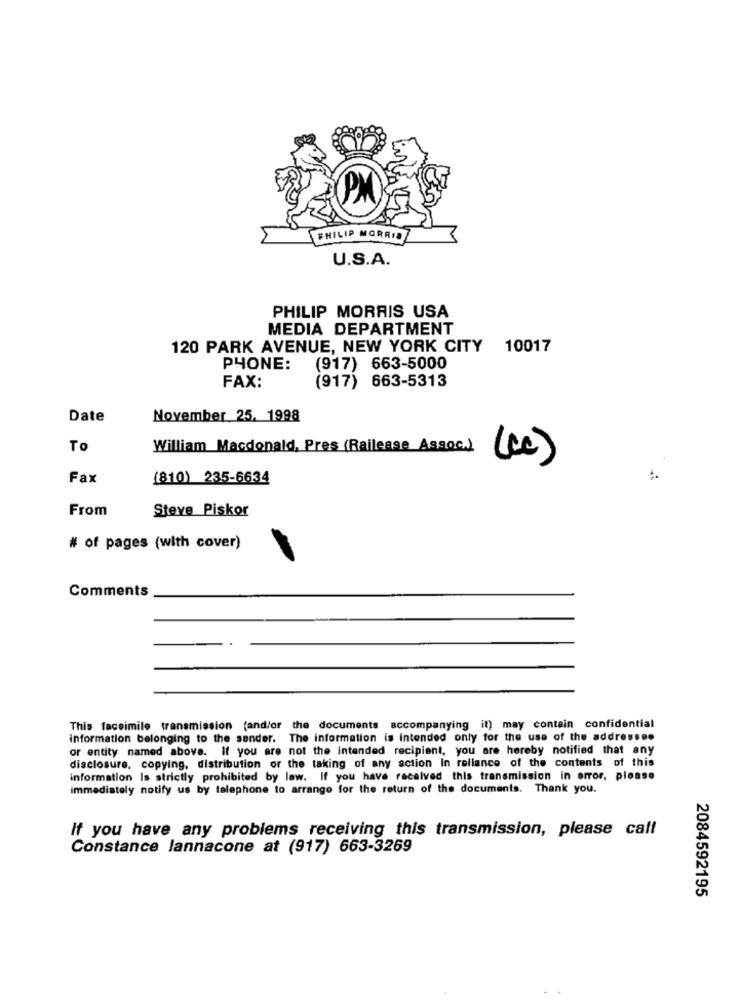
PHILIP MORRIS
U.S.A.
PHILIP MORRIS USA
MEDIA DEPARTMENT
120 PARK AVENUE, NEW YORK CITY
10017
PHONE:
(917) 663-5000
(917) 663-5313
FAX:
Date
November 25, 1998
To
William Macdonald, Pres (Railease Assoc.)
( cc)
Fax
(810) 235-6634
From
Steve Piskor
# of pages (with cover)
Comments
This facsimile transmission (and/or the documents accompanying it) may contain confidential
information belonging to the sender. The information is intended only for the use of the address ..
or entity named above. If you are not the intended recipient, you are hereby notified that any
disclosure, copying, distribution or the taking of any action in reliance of the contents of this
information Is strictly prohibited by law. If you have received this transmission in error, please
immediately notify us by telephone to arrange for the return of the documents. Thank you.
If you have any problems receiving this transmission, please call
Constance lannacone at (917) 663-3269
2084592195